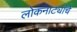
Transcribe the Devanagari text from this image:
लोकनाट्यांचे